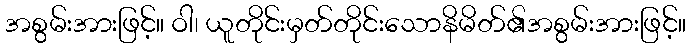
အစွမ်းအားဖြင့်။ ဝါ၊ ယူတိုင်းမှတ်တိုင်းသောနိမိတ်၏အစွမ်းအားဖြင့်။